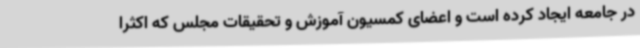
در جامعه ایجاد کرده است و اعضای کمسیون آموزش و تحقیقات مجلس که اکثرا